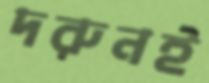
দরুনই